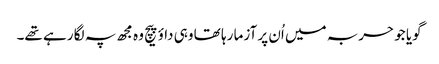
گویا جو حربہ میں اُن پر آزما رہا تھا وہی داؤ پیچ وہ مجھ پہ لگا رہے تھے۔